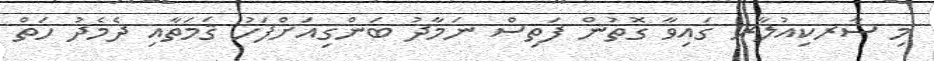
މި ސާރކިއުލާރ ގައިވާ ގޮތުން ފަތިސް ނަމާދު ބަންގިއަށްފަހު ޤަމަތާއި ދެމެދު ހަތް